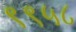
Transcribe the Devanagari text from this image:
९९५८